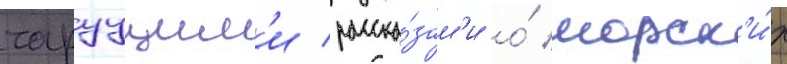
чаруущим'и расска́зам'и о́ морск'и́х